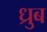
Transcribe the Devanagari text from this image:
ध्रुब